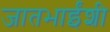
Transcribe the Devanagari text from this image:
जातभाईंशी